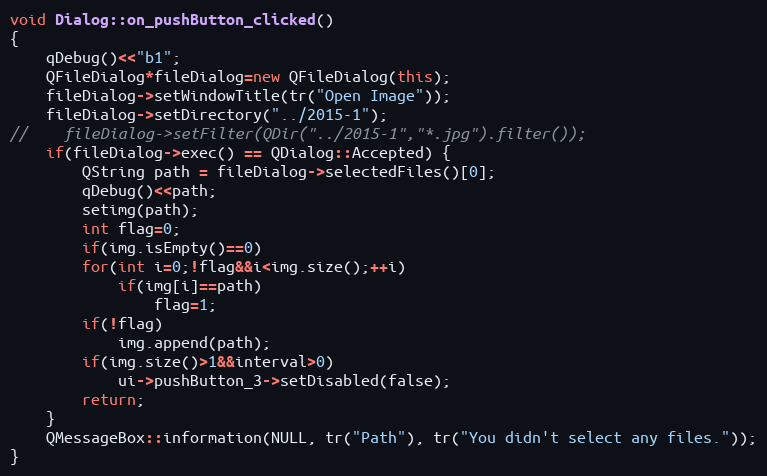
Language: C++
void Dialog::on_pushButton_clicked()
{
    qDebug()<<"b1";
    QFileDialog*fileDialog=new QFileDialog(this);
    fileDialog->setWindowTitle(tr("Open Image"));
    fileDialog->setDirectory("../2015-1");
//    fileDialog->setFilter(QDir("../2015-1","*.jpg").filter());
    if(fileDialog->exec() == QDialog::Accepted) {
        QString path = fileDialog->selectedFiles()[0];
        qDebug()<<path;
        setimg(path);
        int flag=0;
        if(img.isEmpty()==0)
        for(int i=0;!flag&&i<img.size();++i)
            if(img[i]==path)
                flag=1;
        if(!flag)
            img.append(path);
        if(img.size()>1&&interval>0)
            ui->pushButton_3->setDisabled(false);
        return;
    }
    QMessageBox::information(NULL, tr("Path"), tr("You didn't select any files."));
}